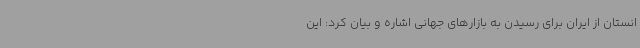
انستان از ایران برای رسیدن به بازارهای جهانی اشاره و بیان کرد: این